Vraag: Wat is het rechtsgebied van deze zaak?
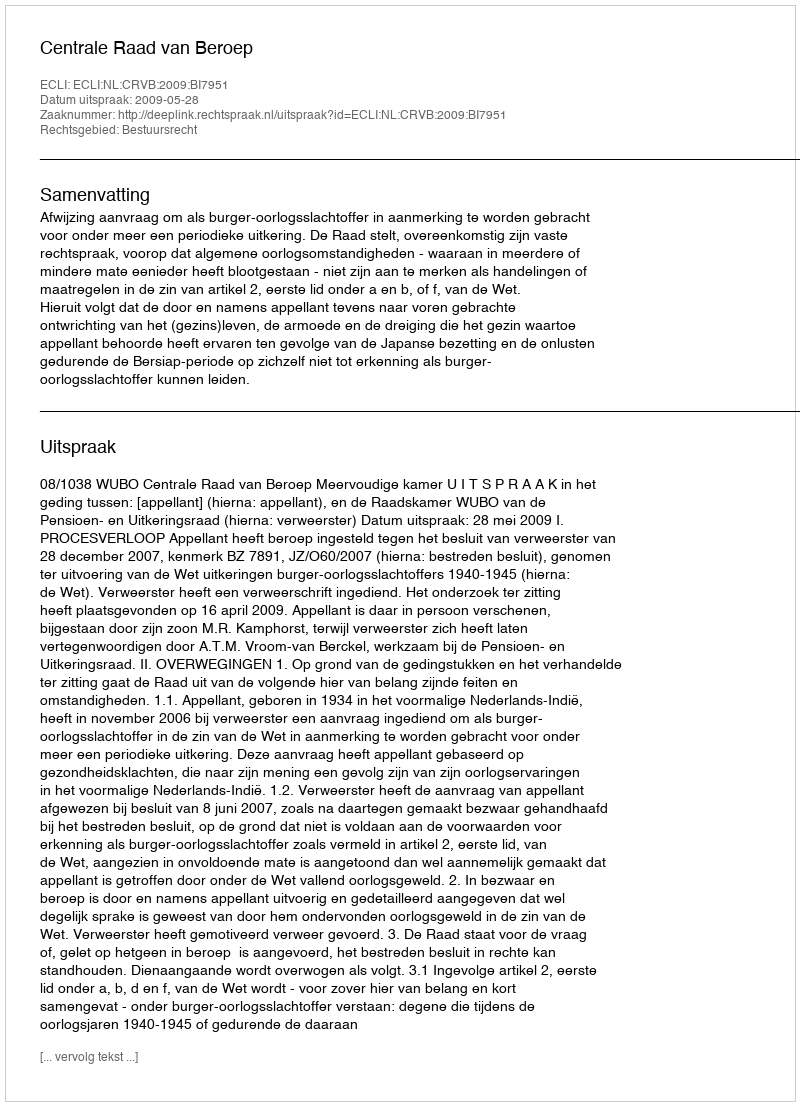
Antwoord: Bestuursrecht